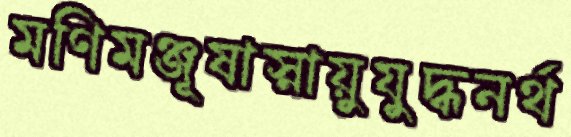
মণিমঞ্জূষাস্নায়ুযুদ্ধনর্থ